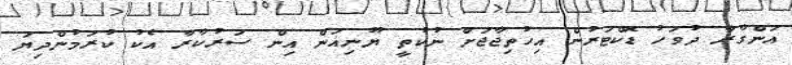
އަންގާރާ ދުވަހު ޑޮކްޓަރުން އިހުތިޖާޖަށް ނުކުތީ ޔޫނިއަން އިން ސަރުކާރާ އެކު ކުރަމުންދިޔަ